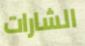
الشارات